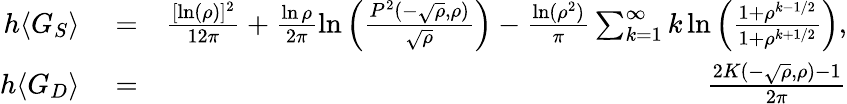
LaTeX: \begin{array}{rlr}{h\langle G_{S}\rangle}&{{}=}&{\frac{[\ln(\rho)]^{2}}{12\pi}+\frac{\ln\rho}{2\pi}\ln\left(\frac{P^{2}(-\sqrt{\rho},\rho)}{\sqrt{\rho}}\right)-\frac{\ln(\rho^{2})}{\pi}\sum_{k=1}^{\infty}k\ln\left(\frac{1+\rho^{k-1/2}}{1+\rho^{k+1/2}}\right),}\\ {h\langle G_{D}\rangle}&{{}=}&{\frac{2K(-\sqrt{\rho},\rho)-1}{2\pi}}\end{array}